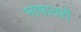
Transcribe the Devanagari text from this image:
भाषातरों